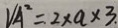
V _ { A ^ { 2 } } = 2 \times a \times 3 .